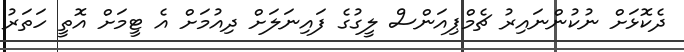
ދެކޮޅަށް ނުކުންނައިރު ޗެމްޕިއަންސް ލީގުގެ ފައިނަލަށް ދިއުމަށް އެ ޓީމަށް އޮތީ ހަތަރު